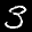
Label: 3